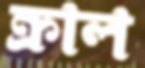
ক্রাল